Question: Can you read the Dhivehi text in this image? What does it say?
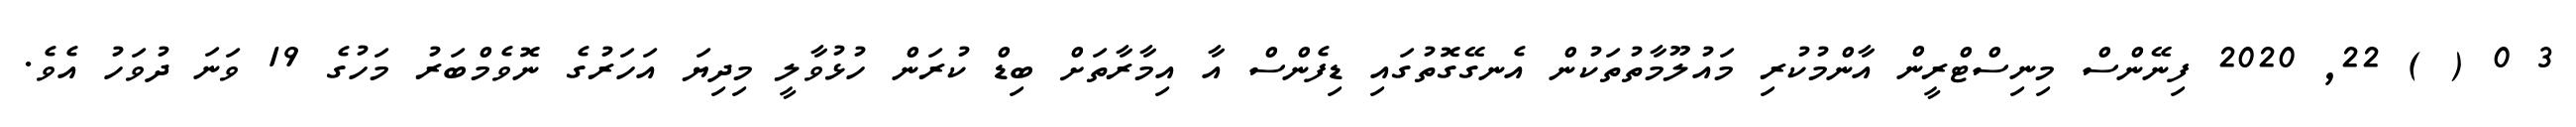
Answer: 3 0 ( ) 22, 2020 ފިނޭންސް މިނިސްޓްރީން އާންމުކުރި މައުލޫމާތުތަކުން އެނގޭގޮތުގައި ޑިފެންސް އާ އިމާރާތަށް ބިޑް ކުރަން ހުޅުވާލީ މިދިޔަ އަހަރުގެ ނޮވެމްބަރު މަހުގެ 19 ވަނަ ދުވަހު އެވެ.